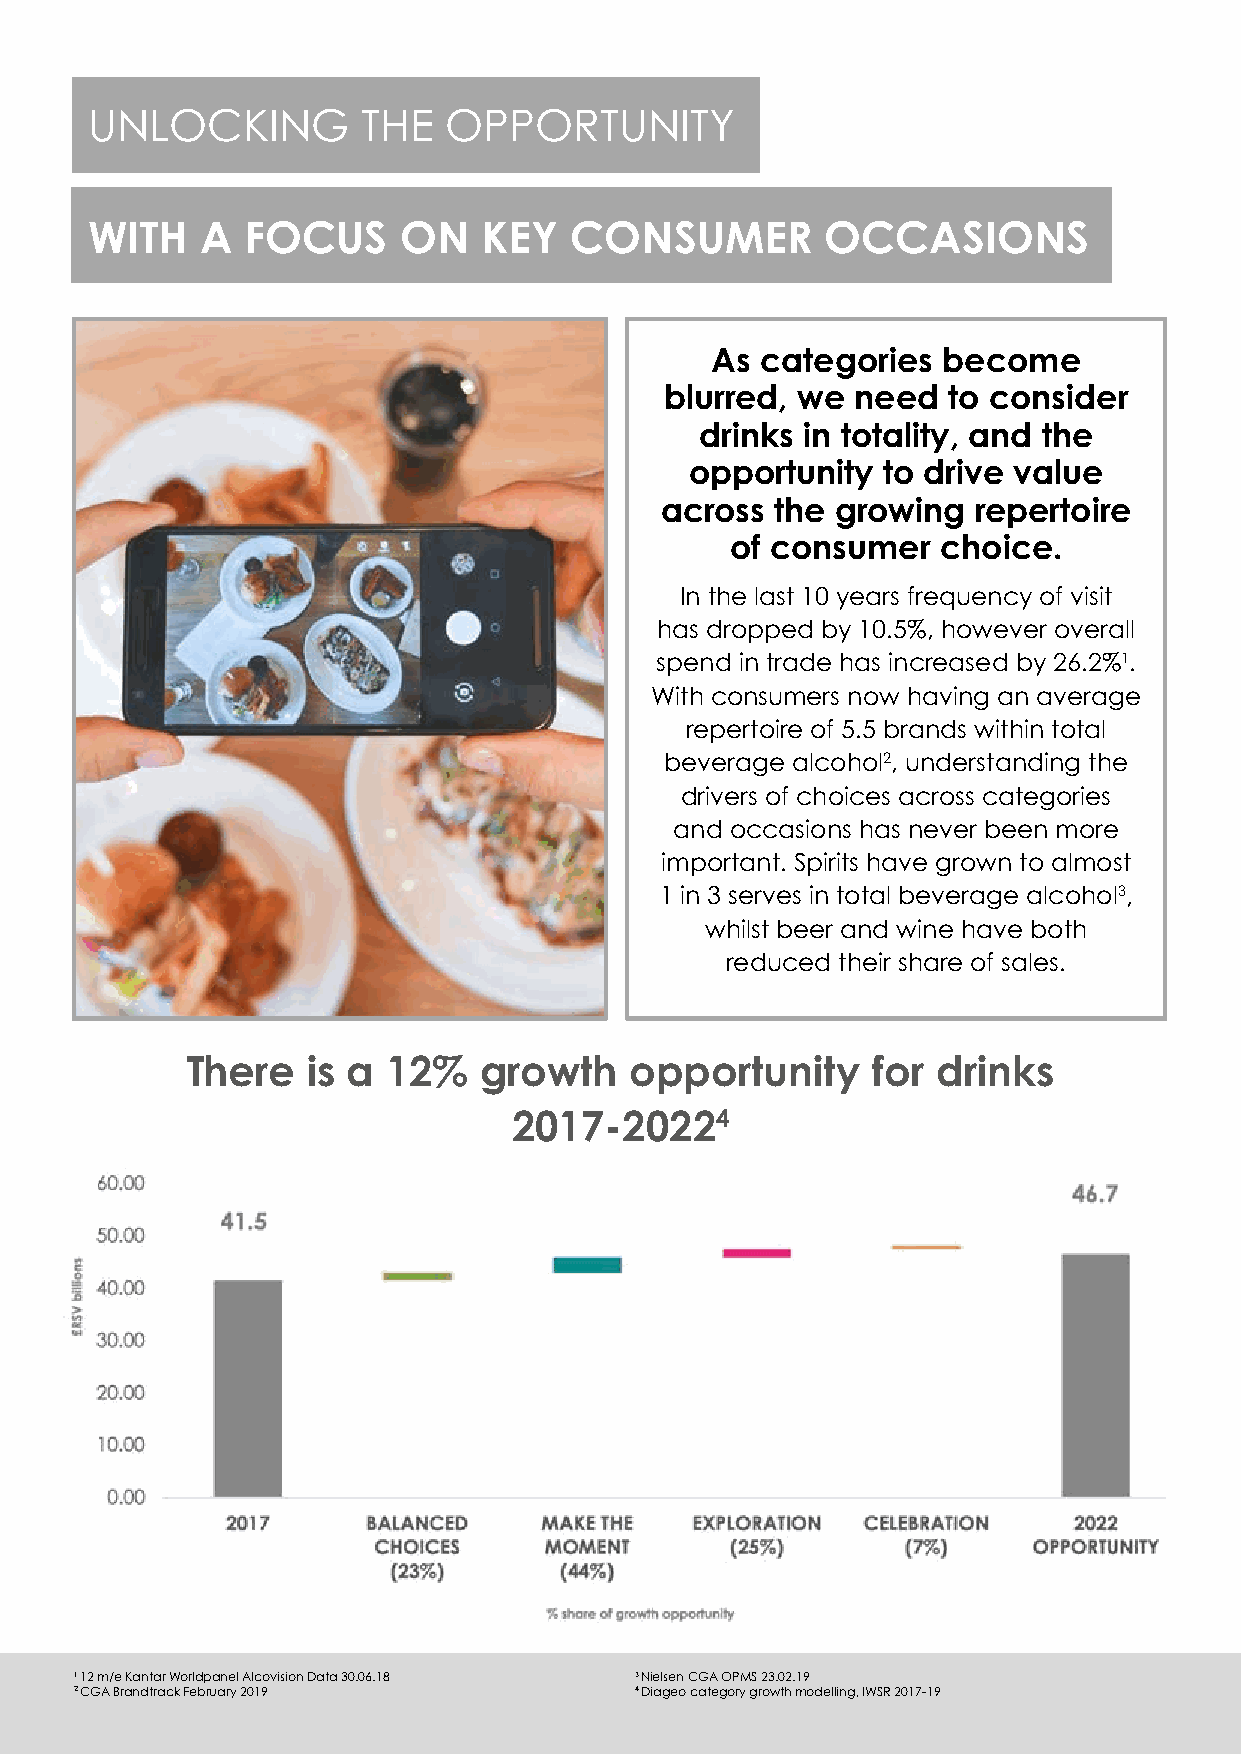
UNLOCKING         THE  OPPORTUNITY
 WITH   A  FOCUS     ON    KEY   CONSUMER         OCCASIONS
 As categories  become
 blurred, we  need  to consider
 drinks in totality, and the
 opportunity to drive value
 across the growing  repertoire
 of consumer   choice.
 In the last 10 years frequency of visit
 has dropped by 10.5%, however overall
 spend in trade has increased by 26.2%1.
 With consumers now having an average
 repertoire of 5.5 brands within total
 beverage alcohol2, understanding the
 drivers of choices across categories
 and occasions has never been more
 important. Spirits have grown to almost
 1 in 3 serves in total beverage alcohol3,
 whilst beer and wine have both
 reduced their share of sales.
 There   is a  12%   growth    opportunity     for drinks
 2017-20224
 1 1 2 m/e Kantar Worldpanel Alcovision Data 30.06.18 3 Nielsen CGA OPMS 23.02.19
 2 CGA Brandtrack February 2019       4 Diageo category growth modelling, IWSR 2017-19